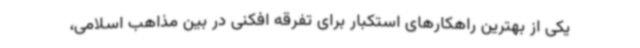
یکی از بهترین راهکارهای استکبار برای تفرقه افکنی در بین مذاهب اسلامی،